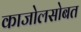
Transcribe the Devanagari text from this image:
काजोलसोबत